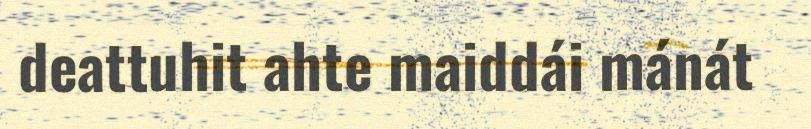
deattuhit ahte maiddái mánát